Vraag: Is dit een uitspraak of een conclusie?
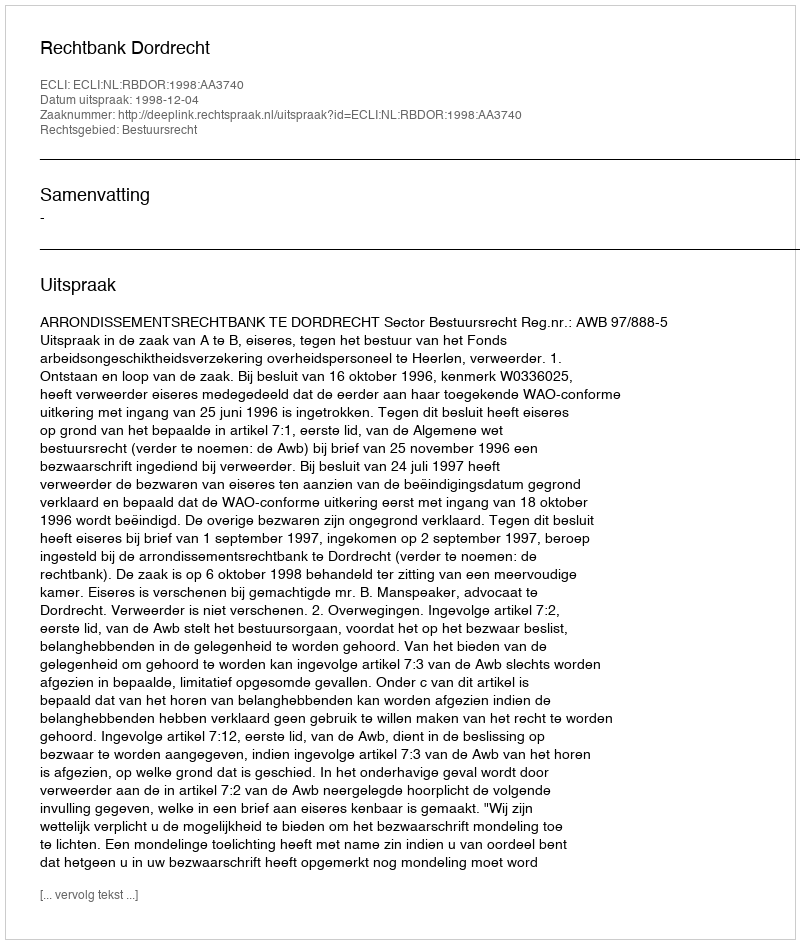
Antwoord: Uitspraak